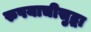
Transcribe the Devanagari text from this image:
रुपयाचीसुद्धा